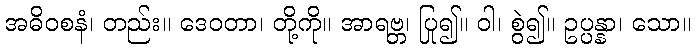
အဓိဝစနံ၊ တည်း။ ဒေဝတာ၊ တို့ကို။ အာရဗ္ဘ၊ ပြု၍။ ဝါ၊ စွဲ၍။ ဥပ္ပန္နာ၊ သော။